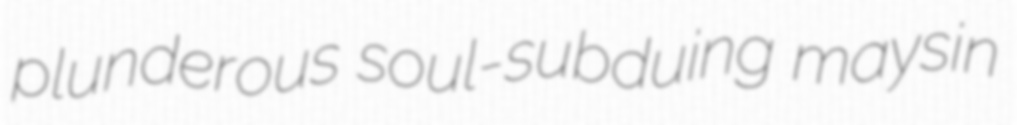
plunderous soul-subduing maysin